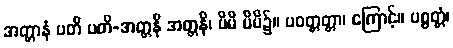
အတ္တာနံ ပတိ ပတိ-အတ္တနိ အတ္တနိ၊ မိမိ မိမိ၌။ ပဝတ္တတ္တာ၊ ကြောင့်။ ပစ္စတ္တံ၊